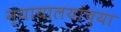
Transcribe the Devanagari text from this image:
न्यायालयांच्या